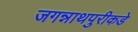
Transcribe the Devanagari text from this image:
जगन्नाथपुरीकडे